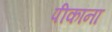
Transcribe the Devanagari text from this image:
पीकांना